Plague in India, 1896, 1897 - Volume 2
Year: 1896
Disease focus: Plague
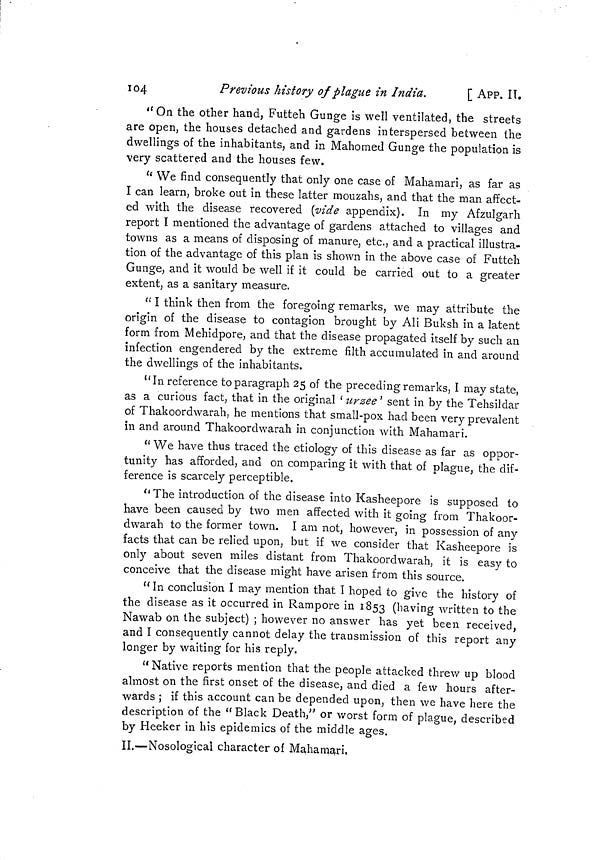
104
Previous history of plague in India.
[ APP. IT.
"On the other hand, Futteh Gunge is well ventilated, the streets
are open, the houses detached and gardens interspersed between the
dwellings of the inhabitants, and in Mahomed Gunge the population is
very scattered and the houses few.
" We find consequently that only one case of Mahamari, as far as
I can learn, broke out in these latter mouzahs, and that the man affect-
ed with the disease recovered (vide appendix). In my Afzulgarh
report I mentioned the advantage of gardens attached to villages and
towns as a means of disposing of manure, etc., and a practical illustra-
tion of the advantage of this plan is shown in the above case of Futteh
Gunge, and it would be well if it could be carried out to a greater
extent, as a sanitary measure.
"I think then from the foregoing remarks, we may attribute the
origin of the disease to contagion brought by Ali Buksh in a latent
form from Mehidpore, and that the disease propagated itself by such an
infection engendered by the extreme filth accumulated in and around
the dwellings of the inhabitants.
"In reference to paragraph 25 of the preceding remarks, I may state,
as a curious fact, that in the original ' urzee' sent in by the Tehsildar
of Thakoordwarah, he mentions that small-pox had been very prevalent
in and around Thakoordwarah in conjunction with Mahamari.
" We have thus traced the etiology of this disease as far as oppor-
tunity has afforded, and on comparing it with that of plague, the dif-
ference is scarcely perceptible.
"The introduction of the disease into Kasheepore is supposed to
have been caused by two men affected with it going from Thakoor-
dwarah to the former town. I am not, however, in possession of any
facts that can be relied upon, but if we consider that Kasheepore is
only about seven miles distant from Thakoordwarah, it is easy to
conceive that the disease might have arisen from this source.
"In conclusion I may mention that I hoped to give the history of
the disease as it occurred in Rampore in 1853 (having written to the
Nawab on the subject) ; however no answer has yet been received,
and I consequently cannot delay the transmission of this report any
longer by waiting for his reply.
"Native reports mention that the people attacked threw up blood
almost on the first onset of the disease, and died a few hours after-
wards ; if this account can be depended upon, then we have here the
description of the "Black Death," or worst form of plague, described
by Heeker in his epidemics of the middle ages.
II.—Nosological character of Mahamari,